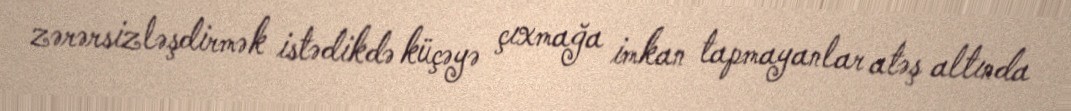
zərərsizləşdirmək istədikdə küçəyə çıxmağa imkan tapmayanlar atəş altında